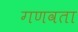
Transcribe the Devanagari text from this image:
गणवता